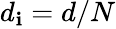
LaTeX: d_{\mathbf{i}}=d/N